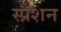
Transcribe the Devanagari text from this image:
स्प्रैशन